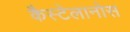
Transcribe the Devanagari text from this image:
कैस्टेलानोस